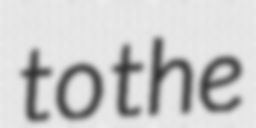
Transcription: to the